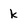
Character: k